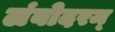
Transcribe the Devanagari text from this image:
लंबोदरम्